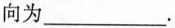
向为___。